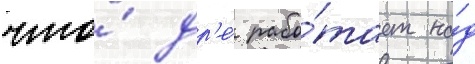
что́ др'е́ рабо́тает на́д